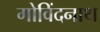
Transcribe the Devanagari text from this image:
गोविंदनाथ